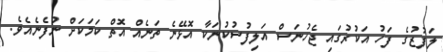
ލަފުޒުގެ ފަހު އަކުރުގައި ޖެހުނަސް އަލިފުސުކުނަކާ އޮޅޭނެ ތަނެއް އޮތް ކަމަކަށް ނުފެނެއެވެ.